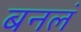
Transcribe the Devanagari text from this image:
बनलं